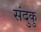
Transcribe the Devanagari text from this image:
संदुकु